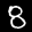
Label: 8